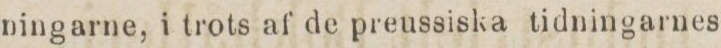
ningarne, i trots af de preussiska tidningarnes